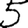
Digit: 5